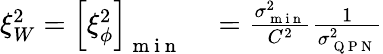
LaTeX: \begin{array}{rl}{\xi_{W}^{2}=\left[\xi_{\phi}^{2}\right]_{\mathrm{~m~i~n~}}}&{{}=\frac{\sigma_{\mathrm{~m~i~n~}}^{2}}{C^{2}}\frac{1}{\sigma_{\mathrm{~Q~P~N~}}^{2}}}\end{array}